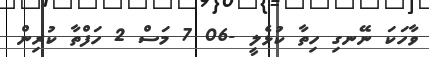
ވާހަކަ ނޭނގި ހިތާ ކުޅެލީ -06 7 މަސް 2 ހަފްތާ ކުރިން